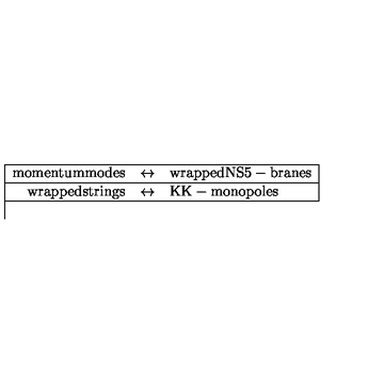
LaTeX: \begin{array} { | r c l | } \hline { \mathrm { m o m e n t u m m o d e s } } & { \leftrightarrow } & { \mathrm { w r a p p e d N S 5 - b r a n e s } } \\ \hline { \mathrm { w r a p p e d s t r i n g s } } & { \leftrightarrow } & { \mathrm { K K - m o n o p o l e s } } \\ \hline { } \\ \end{array}